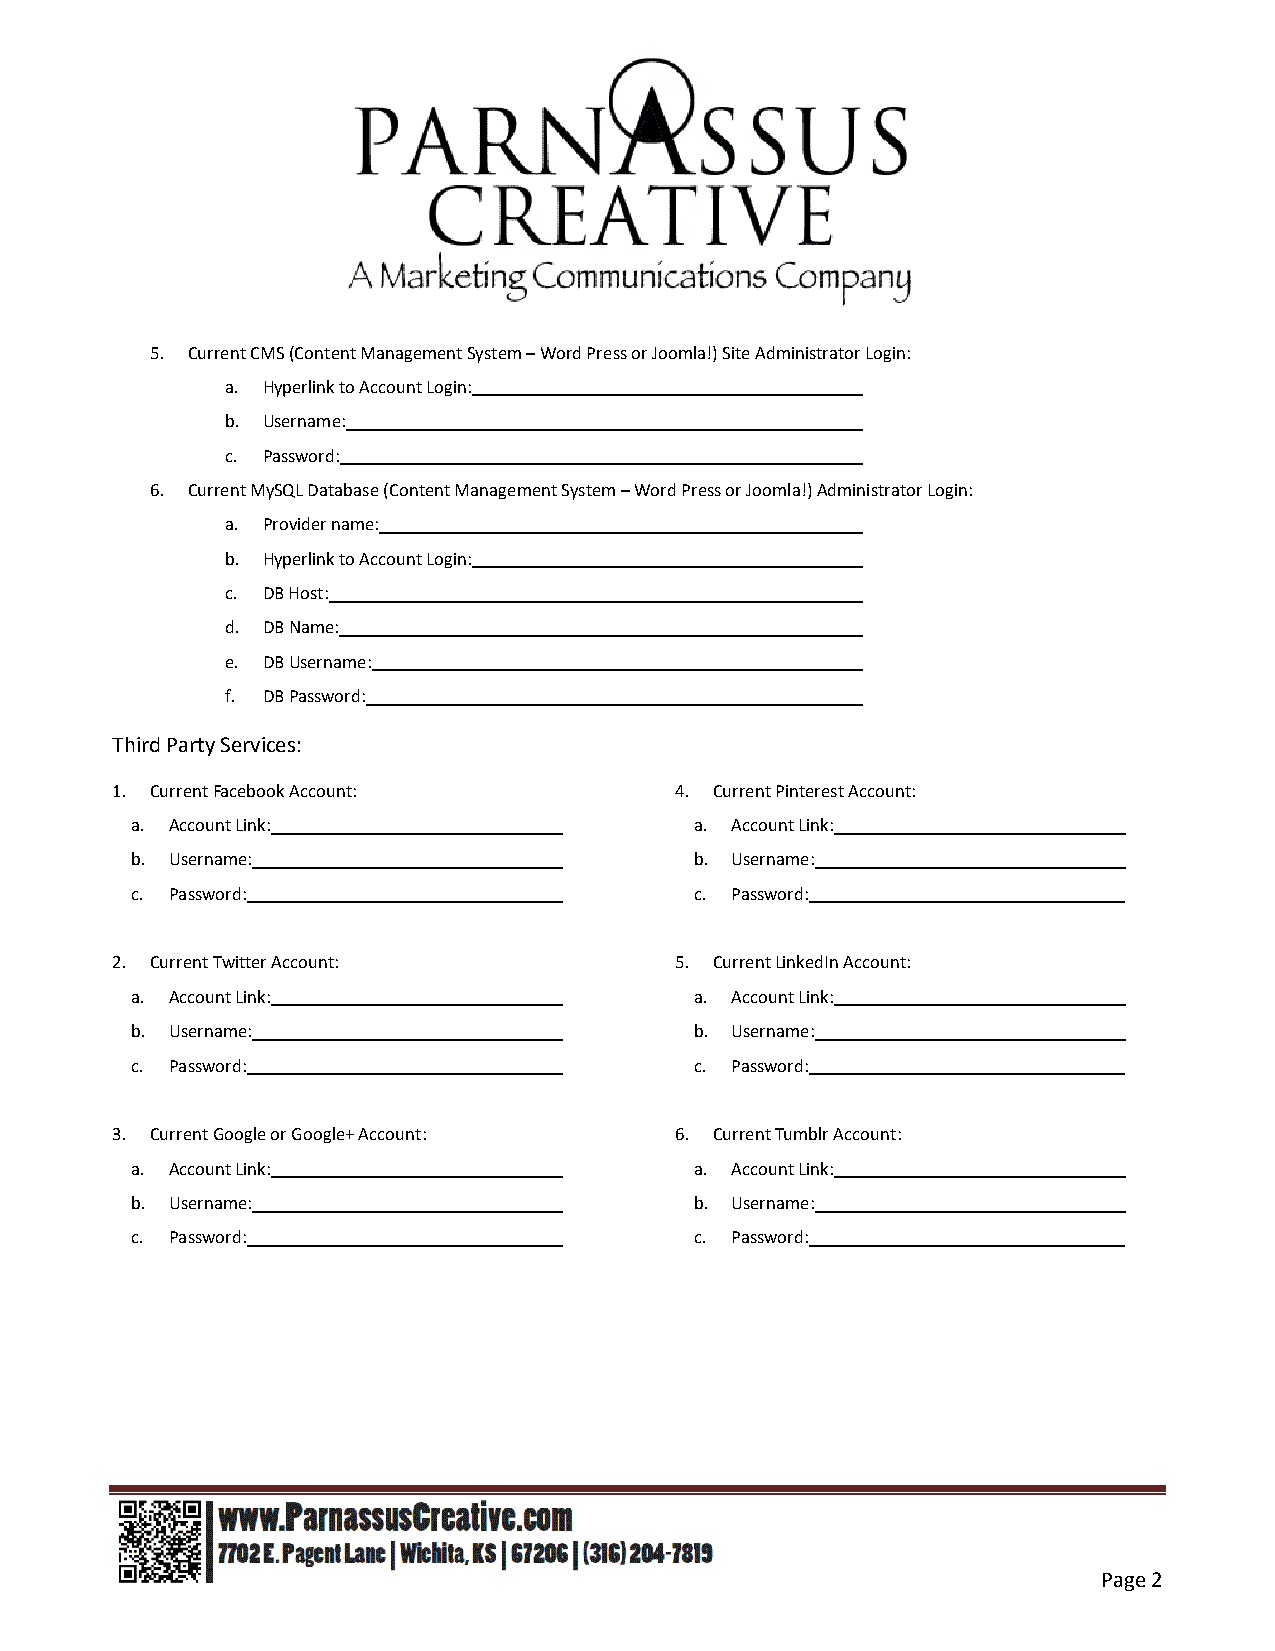
5. Current CMS (Content Management System – Word Press or Joomla!) Site Administrator Login:
 a. Hyperlink to Account Login:
 b. Username:
 c. Password:
 6. Current MySQL Database (Content Management System – Word Press or Joomla!) Administrator Login:
 a. Provider name:
 b. Hyperlink to Account Login:
 c. DB Host:
 d. DB Name:
 e. DB Username:
 f. DB Password:
 Third Party Services:
 1. Current Facebook Account:          4. Current Pinterest Account:
 a. Account Link:                     a. Account Link:
 b. Username:                         b. Username:
 c. Password:                         c. Password:
 2. Current Twitter Account:           5. Current LinkedIn Account:
 a. Account Link:                     a. Account Link:
 b. Username:                         b. Username:
 c. Password:                         c. Password:
 3. Current Google or Google+ Account: 6. Current Tumblr Account:
 a. Account Link:                     a. Account Link:
 b. Username:                         b. Username:
 c. Password:                         c. Password:
 Page 2